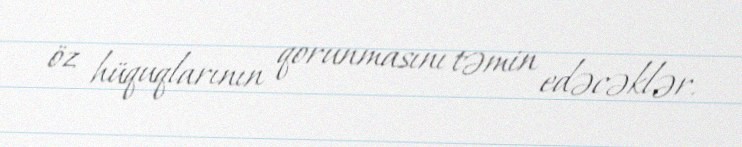
öz hüquqlarının qorunmasını təmin edəcəklər.